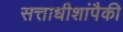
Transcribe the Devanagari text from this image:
सत्ताधीशांपैकी